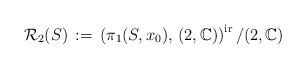
LaTeX: \begin{align*}{\mathcal R}_2(S)\, :=\, \left(\pi_1(S, x_0),\, (2,{\mathbb C})\right)^{\rm ir}/(2,{\mathbb C})\end{align*}